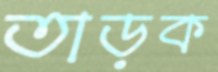
তাড়ক